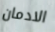
الادمان